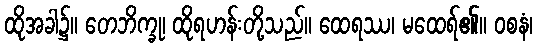
ထိုအခါ၌။ တေဘိက္ခု၊ ထိုရဟန်းတို့သည်။ ထေရဿ၊ မထေရ်၏။ ဝစနံ၊